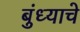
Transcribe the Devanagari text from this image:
बुंध्याचे